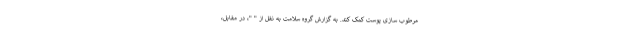
مرطوب سازی پوست کمک کند. به گزارش گروه سلامت به نقل از " "، در مقابل،